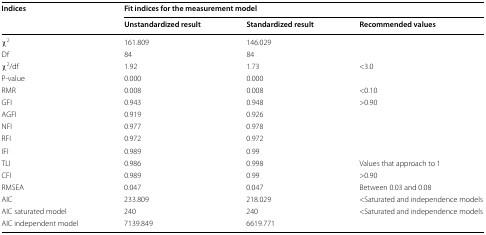
<table><thead><tr><td rowspan="2"><b>Indices</b></td><td colspan="3"><b>Fit indices for the measurement model</b></td></tr><tr><td><b>Unstandardized result</b></td><td><b>Standardized result</b></td><td><b>Recommended values</b></td></tr></thead><tbody><tr><td>χ<sup>2</sup></td><td>161.809</td><td>146.029</td><td></td></tr><tr><td>Df</td><td>84</td><td>84</td><td></td></tr><tr><td>χ<sup>2</sup>/df</td><td>1.92</td><td>1.73</td><td>&lt;3.0</td></tr><tr><td>P-value</td><td>0.000</td><td>0.000</td><td></td></tr><tr><td>RMR</td><td>0.008</td><td>0.008</td><td>&lt;0.10</td></tr><tr><td>GFI</td><td>0.943</td><td>0.948</td><td>&gt;0.90</td></tr><tr><td>AGFI</td><td>0.919</td><td>0.926</td><td></td></tr><tr><td>NFI</td><td>0.977</td><td>0.978</td><td></td></tr><tr><td>RFI</td><td>0.972</td><td>0.972</td><td></td></tr><tr><td>IFI</td><td>0.989</td><td>0.99</td><td></td></tr><tr><td>TLI</td><td>0.986</td><td>0.998</td><td>Values that approach to 1</td></tr><tr><td>CFI</td><td>0.989</td><td>0.99</td><td>&gt;0.90</td></tr><tr><td>RMSEA</td><td>0.047</td><td>0.047</td><td>Between 0.03 and 0.08</td></tr><tr><td>AIC</td><td>233.809</td><td>218.029</td><td>&lt;Saturated and independence models</td></tr><tr><td>AIC saturated model</td><td>240</td><td>240</td><td rowspan="2">&lt;Saturated and independence models</td></tr><tr><td>AIC independent model</td><td>7139.849</td><td>6619.771</td></tr></tbody></table>